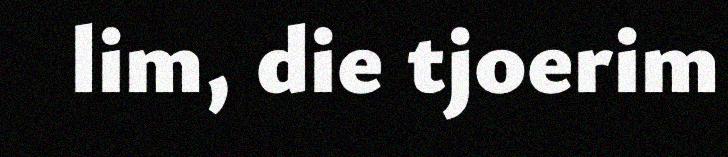
lim, die tjoerim